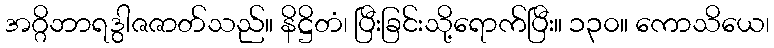
အဂ္ဂိဘာရဒွါဇဇာတ်သည်။ နိဋ္ဌိတံ၊ ပြီးခြင်းသို့ရောက်ပြီး။ ၁၃၀။ ကောသိယေ၊